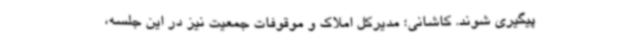
پیگیری شوند. کاشانی؛ مدیرکل املاک و موقوفات جمعیت نیز در این جلسه،